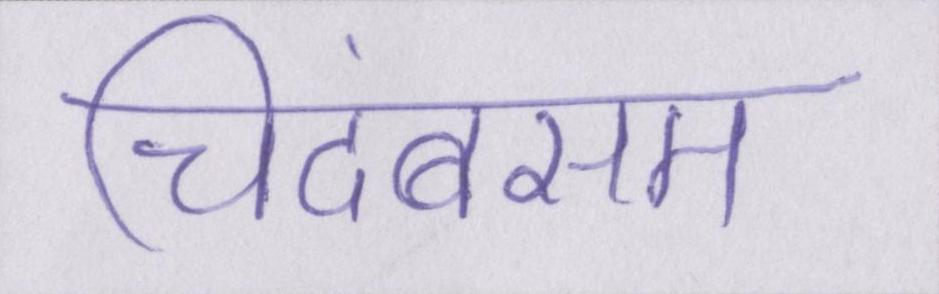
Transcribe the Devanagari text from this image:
चिदंबरम